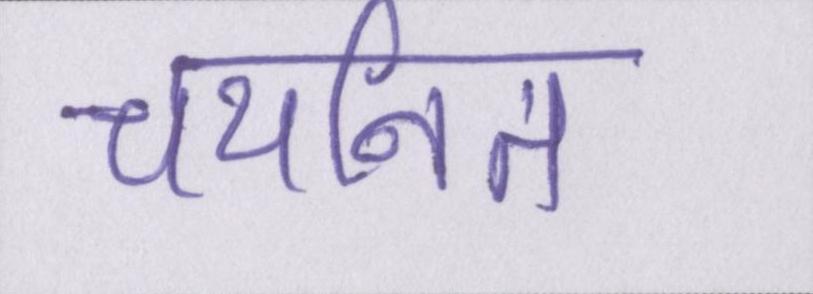
चयनित